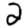
Digit: 2